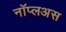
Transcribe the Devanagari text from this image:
नॉप्लअस